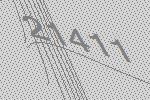
21411